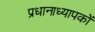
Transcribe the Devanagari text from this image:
प्रधानाध्यापकों